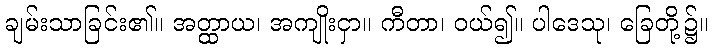
ချမ်းသာခြင်း၏။ အတ္ထာယ၊ အကျိုးငှာ။ ကီတာ၊ ဝယ်၍။ ပါဒေသု၊ ခြေတို့၌။